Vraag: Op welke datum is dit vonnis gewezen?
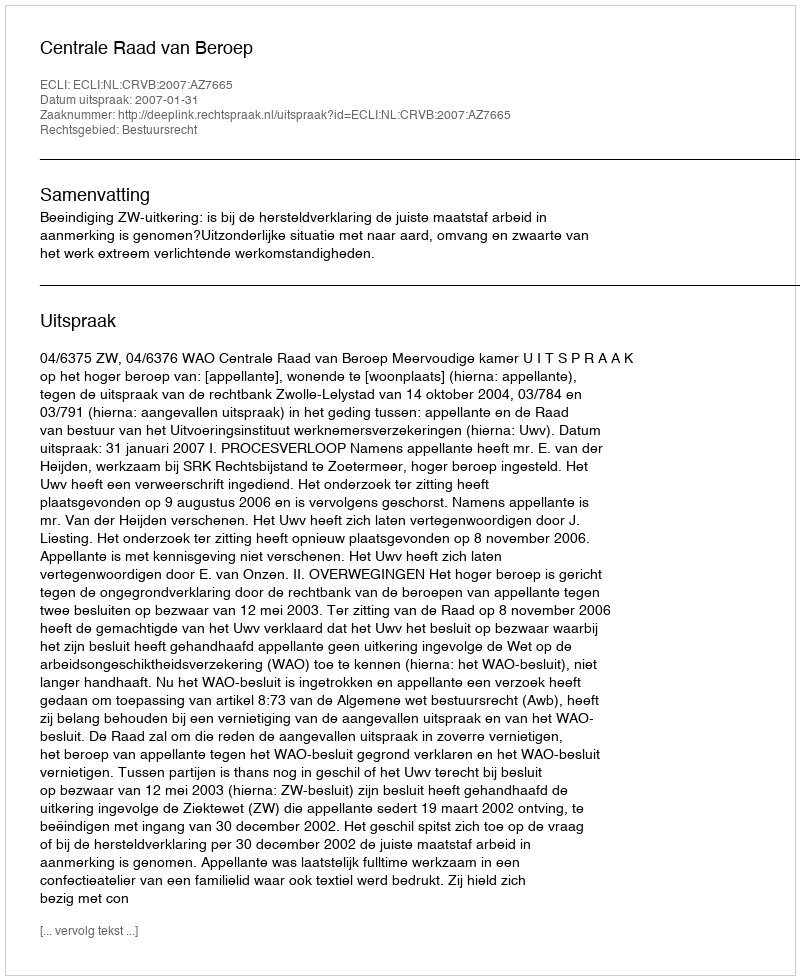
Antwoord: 2007-01-31